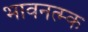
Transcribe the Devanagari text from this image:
भावनत्म्क